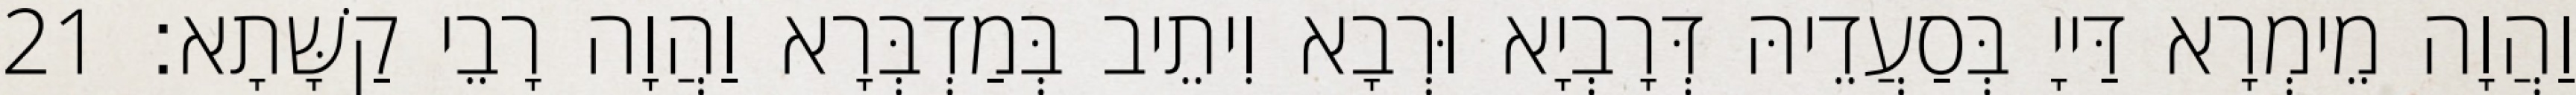
וַהֲוָה מֵימְרָא דַּייָ בְּסַעֲדֵיהּ דְּרָבְיָא וּרְבָא וִיתֵיב בְּמַדְבְּרָא וַהֲוָה רָבֵי קַשָּׁתָא׃ 21